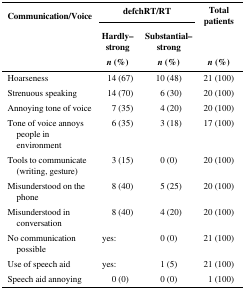
<table><thead><tr><td><b>Communication/Voice</b></td><td colspan="2"><b>defchRT/RT</b></td><td><b>Total patients</b></td></tr><tr><td></td><td><b>Hardly–strong</b></td><td><b>Substantial–strong</b></td><td></td></tr><tr><td></td><td><b><i>n</i> (%)</b></td><td><b><i>n</i> (%)</b></td><td><b><i>n</i> (%)</b></td></tr></thead><tbody><tr><td>Hoarseness</td><td>14 (67)</td><td>10 (48)</td><td>21 (100)</td></tr><tr><td>Strenuous speaking</td><td>14 (70)</td><td>6 (30)</td><td>20 (100)</td></tr><tr><td>Annoying tone of voice</td><td>7 (35)</td><td>4 (20)</td><td>20 (100)</td></tr><tr><td>Tone of voice annoys people in environment</td><td>6 (35)</td><td>3 (18)</td><td>17 (100)</td></tr><tr><td>Tools to communicate (writing, gesture)</td><td>3 (15)</td><td>0 (0)</td><td>20 (100)</td></tr><tr><td>Misunderstood on the phone</td><td>8 (40)</td><td>5 (25)</td><td>20 (100)</td></tr><tr><td>Misunderstood in conversation</td><td>8 (40)</td><td>4 (20)</td><td>20 (100)</td></tr><tr><td>No communication possible</td><td>yes:</td><td>0 (0)</td><td>21 (100)</td></tr><tr><td>Use of speech aid</td><td>yes:</td><td>1 (5)</td><td>21 (100)</td></tr><tr><td>Speech aid annoying</td><td>0 (0)</td><td>0 (0)</td><td>1 (100)</td></tr></tbody></table>